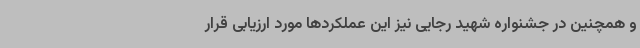
و همچنین در جشنواره شهید رجایی نیز این عملکردها مورد ارزیابی قرار